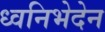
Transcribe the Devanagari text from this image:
ध्वनिभेदेन